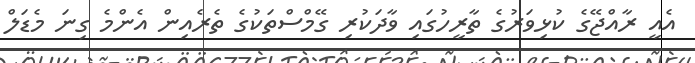
އެއީ ރާއްޖޭގެ ކުޅިވަރުގެ ތާރީހުގައި ވާދަކުރި ގޭމްސްތަކުގެ ތެރެއިން އެންމެ ގިނަ މެޑަލް